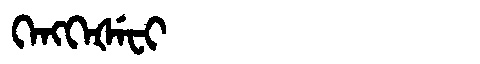
Manchu: ᡴᡝᠩᡴᡝᡧᡝᠸᡳ
Romanization: KENGKEŠEFI